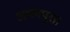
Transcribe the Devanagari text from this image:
अभयपुरा।